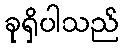
ခုရှိပါသည်